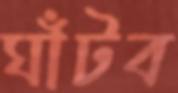
ঘাঁটব